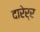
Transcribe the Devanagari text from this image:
दारेर्र